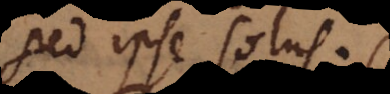
sed ipse solus.